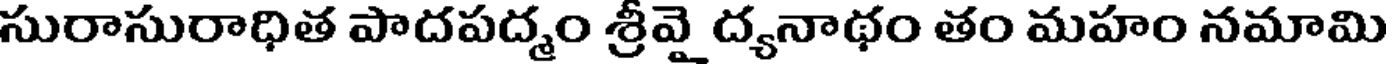
సురాసురాధిత పాదపద్మం శ్రీవై ద్యనాథం తం మహం నమామి